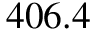
4 0 6 . 4